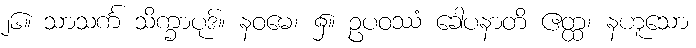
၂၆။ သာသင်္က သိက္ခာပုဒ်။ နဝမေ၊ ၌။ ဥပဝဿံ ခေါပနာတိ ဧတ္ထ၊ နဟူသော